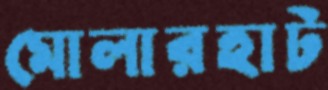
মোলারহাট